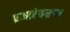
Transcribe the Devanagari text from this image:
प्रभावेकरुन